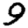
Digit: 9